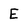
Character: E